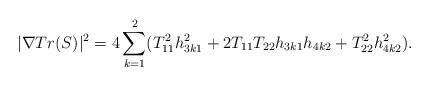
LaTeX: \begin{align*}|\nabla Tr(S) |^2 =4\sum_{k=1}^2(T_{11}^2h_{3k1}^2+2T_{11}T_{22}h_{3k1}h_{4k2}+T_{22}^2h_{4k2}^2) .\end{align*}